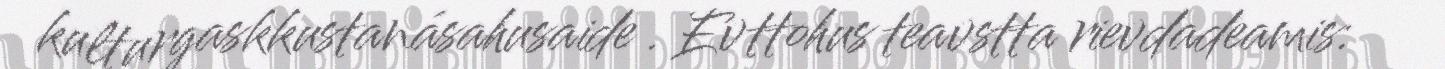
kulturgaskkustanásahusaide . Evttohus teavstta rievdadeamis: